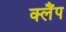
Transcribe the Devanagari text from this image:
क्‍लैंप